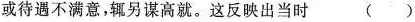
或待遇不满意，辄另谋高就。这反映出当时 ()